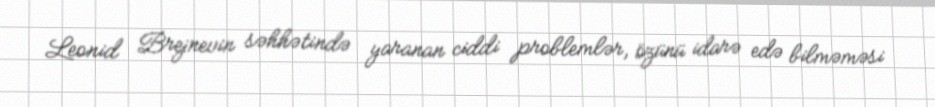
Leonid Brejnevin səhhətində yaranan ciddi problemlər, özünü idarə edə bilməməsi